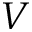
V